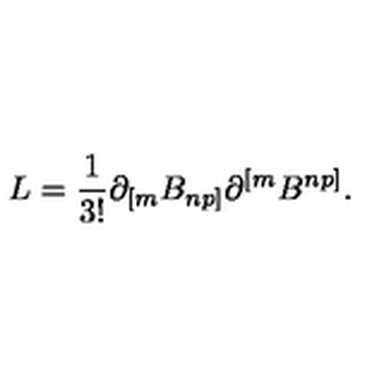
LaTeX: L = { \frac { 1 } { 3 ! } } \partial _ { [ m } B _ { n p ] } \partial ^ { [ m } B ^ { n p ] } .